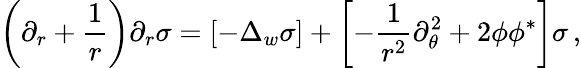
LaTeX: \left(\partial_{r}+\frac 1r\right)\partial_{r}\sigma=\left[-\Delta_{w}\sigma\right]+\left[-\frac 1{r^{2}}\partial_{\theta}^{2}+2\phi\phi^{*}\right]\sigma\, ,